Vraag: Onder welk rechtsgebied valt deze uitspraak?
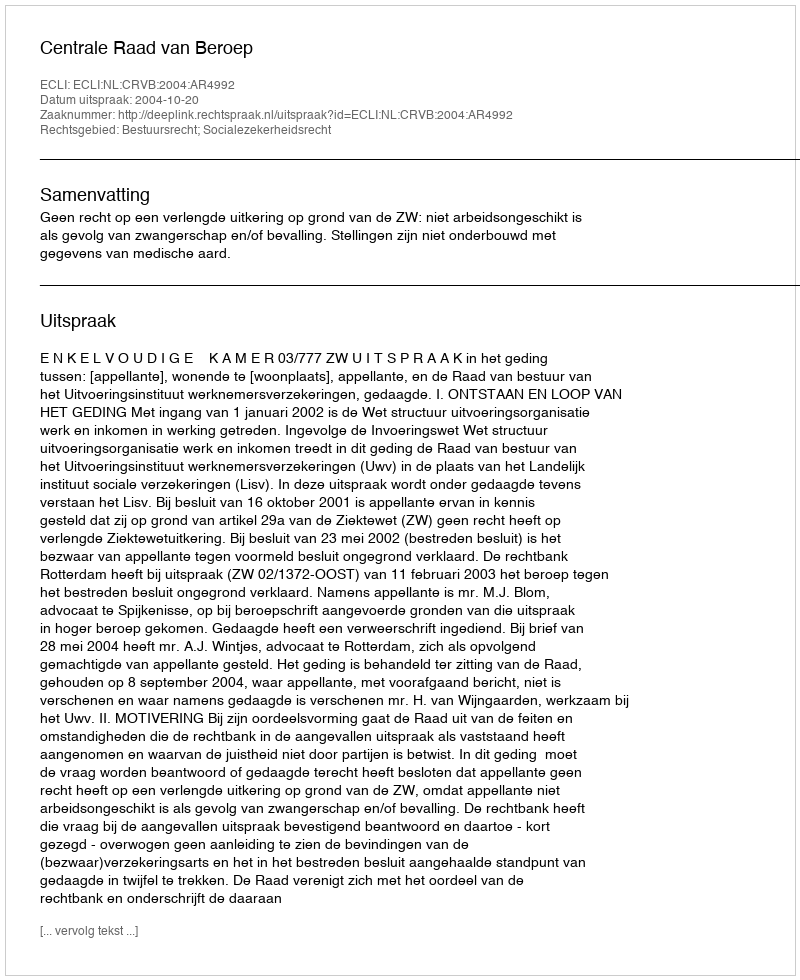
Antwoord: Bestuursrecht; Socialezekerheidsrecht